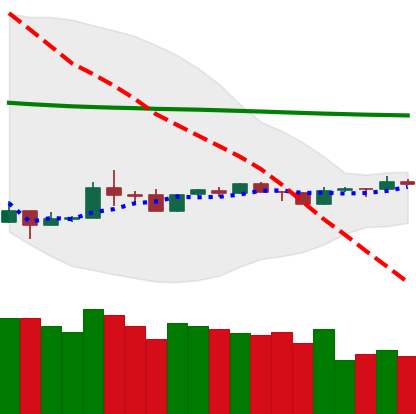
Ticker: TRX-USD
Chart end date: 2020-04-03
Forward return: 15.036%
Label: up_7plus